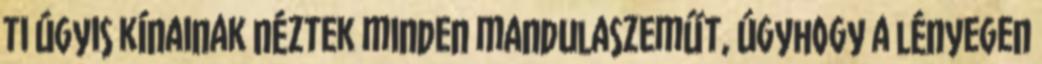
ti úgyis kínainak néztek minden mandulaszeműt, úgyhogy a lényegen